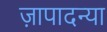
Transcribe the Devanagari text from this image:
ज़ापादन्या